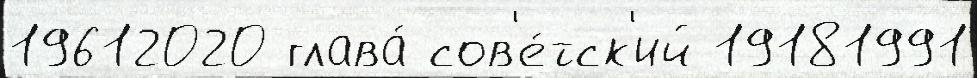
19612020 глава́ сов'е́тск'ий 19181991